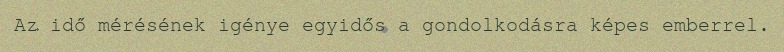
Az idő mérésének igénye egyidős a gondolkodásra képes emberrel.